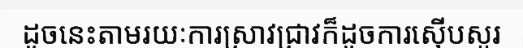
ដូចនេះតាមរយៈការស្រាវជ្រាវក៏ដូចការស៊ើបសួរ